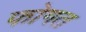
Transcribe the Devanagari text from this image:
फोगत